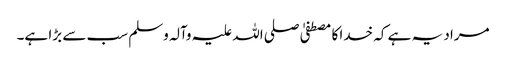
مراد یہ ہے کہ خدا کا مصطفیٰ صلی اللہ علیہ وآلہ وسلم سب سے بڑا ہے۔